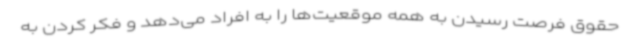
حقوق فرصت رسیدن به همه موقعیت‌ها را به افراد می‌دهد و فکر کردن به